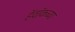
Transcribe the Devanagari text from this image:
हॅवॉकच्या